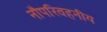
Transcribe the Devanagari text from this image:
नौपरिवहनीय